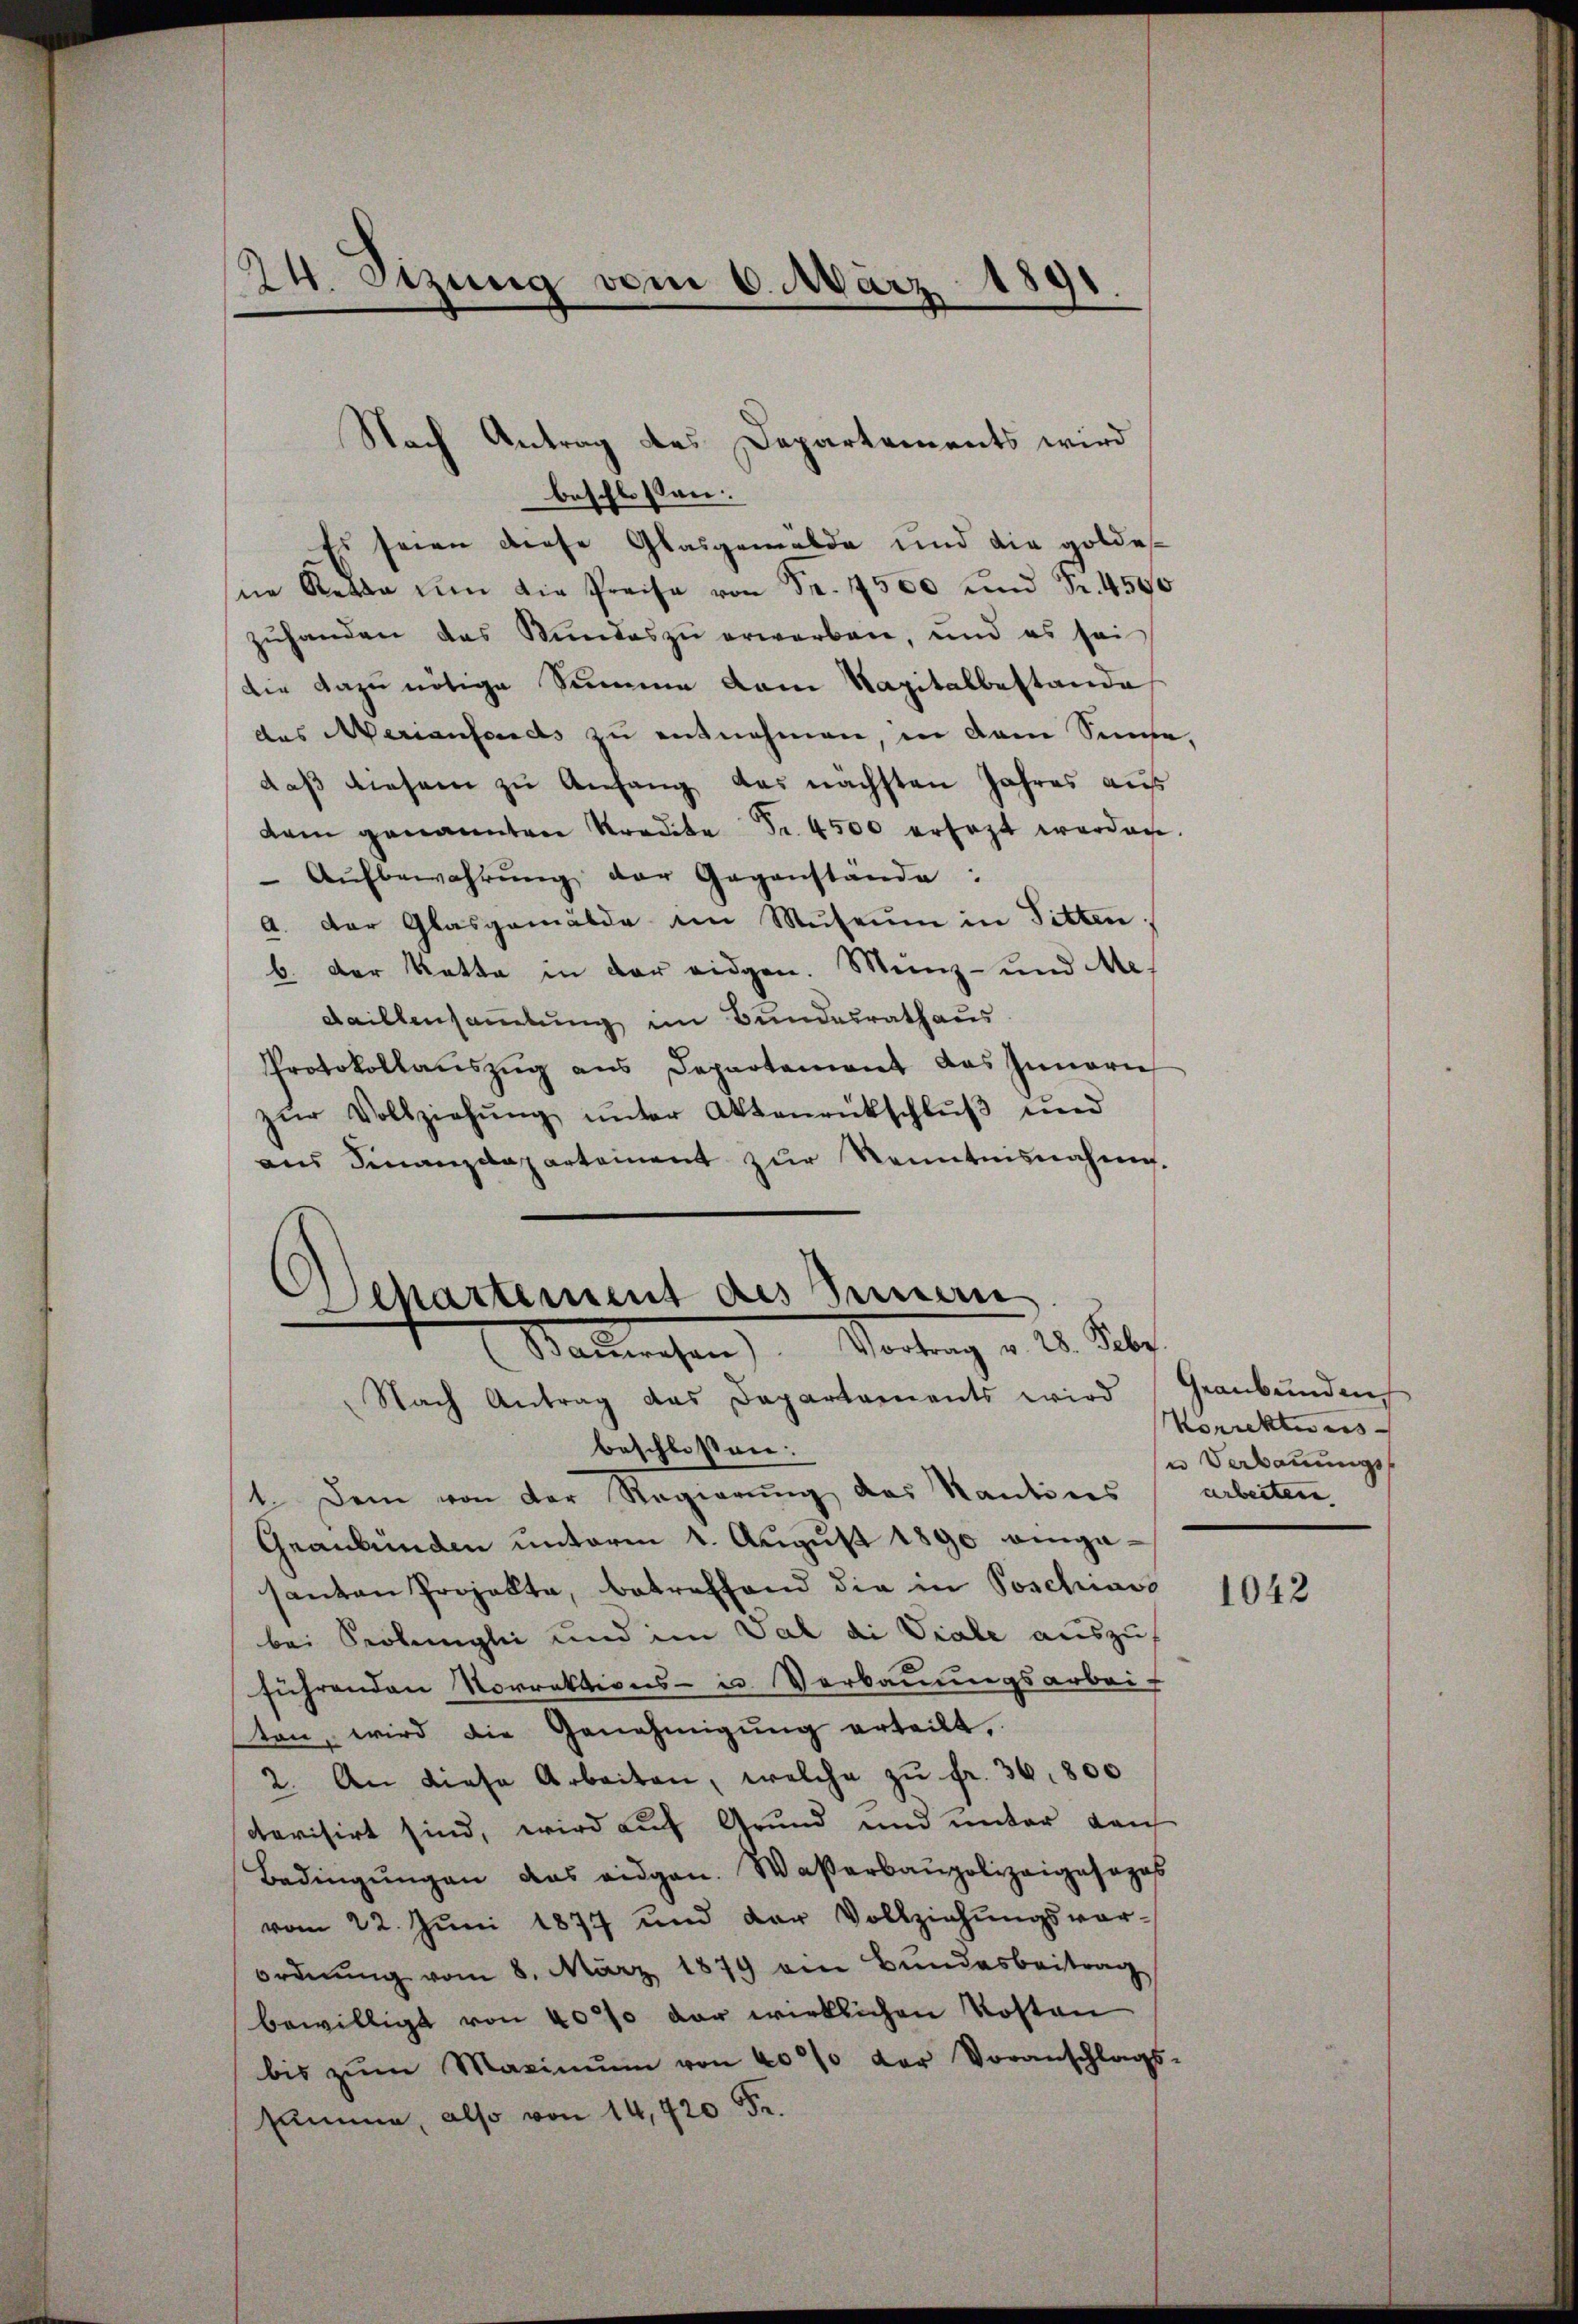
24. Sizung vom 6. März
d

Nach Antrag des Departements wird
beschlossen:
Es seien diese Glasgemelde und die goldes
ne Rette um die Preise von Fr. 1500 und Fr. 4500
zŭhanden das Stundes zu erwerben, und es sei
die dazu nötige Summe dem Kapitalbestande
des Averienfonds zu entnehmen, in dem Sinne,
daß diesem zu Anfang das nächsten Jahres aus
dem genannten Kredite Fr. 4500 ersezt werden.
Aŭfbewahrŭng der Gegenstände:
a. Der Glasgemälde im Museum in Titten.
b. Der Ratte in der eidgen. Münz- und Me-
Faillensammlung im Bundesrathaus
Protokollauszug aus Departement das Innern
zŭr Vollziehŭng ŭnter Aktenrückschlŭβ und
ans Finanzdepartement zŭr Kenntnisnahm.
Nach Antrag das Departements wird (Geanbŭnden,
beschlossen:
1. Dem von der Regierung des Kantons arbeiten.
Graubünden unterm 1. August 1890 angasanten Projekte, betreffend die in Poschiavo
bei Seckengli und im Val di Viale auszus
führenden Norrektions- u Verbauungsarbei-
ten, wird die Genehmigŭng erteilt,
2. An diese Arbeiten, welche zu fr. 36,800
devisirt sind, wird auf Grund und unter den
Bedingŭngen das eidgen. Waßerbaupolizeigesezes
vom 22. Jŭni 1877 und der Vollziehŭngsvor-
ordnung vom 8. März 1879 ein Bundesbeitrag
bewilligt von 4000 der wirklichen Kosten
bis zŭm Maximŭm von 40% der Voranschlags-
summe, also von 14,720 Fr.

Departement des Innern
Stallwesen Vortrag v. 2. Febr.

Korrektur ers
u Verbauungs¬

1042